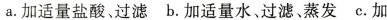
a.加适量盐酸、过滤 b.加适量水、过滤、蒸发 c.加